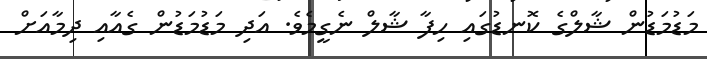
މަޑުމަޑުން ޝާލްގެ ކޮނޑުގައި ހިފާ ޝާލް ނެގީމެވެ. އަދި މަޑުމަޑުން ގެއާއި ދިމާއަށް